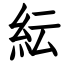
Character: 紜